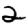
Digit: 2